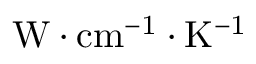
\mathrm { W \cdot { c m } ^ { - 1 } \cdot K ^ { - 1 } }